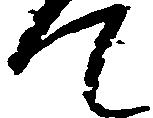
て